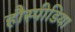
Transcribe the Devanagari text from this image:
हौस्पीडिया